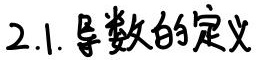
2.1. 导数的定义